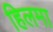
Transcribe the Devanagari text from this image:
हिलमा